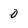
Character: 0